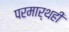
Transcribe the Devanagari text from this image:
परमार्थही